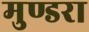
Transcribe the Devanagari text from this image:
मुण्डरा